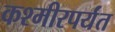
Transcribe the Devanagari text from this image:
कश्मीरपर्यंत